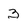
Character: 3